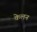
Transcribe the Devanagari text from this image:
केलन